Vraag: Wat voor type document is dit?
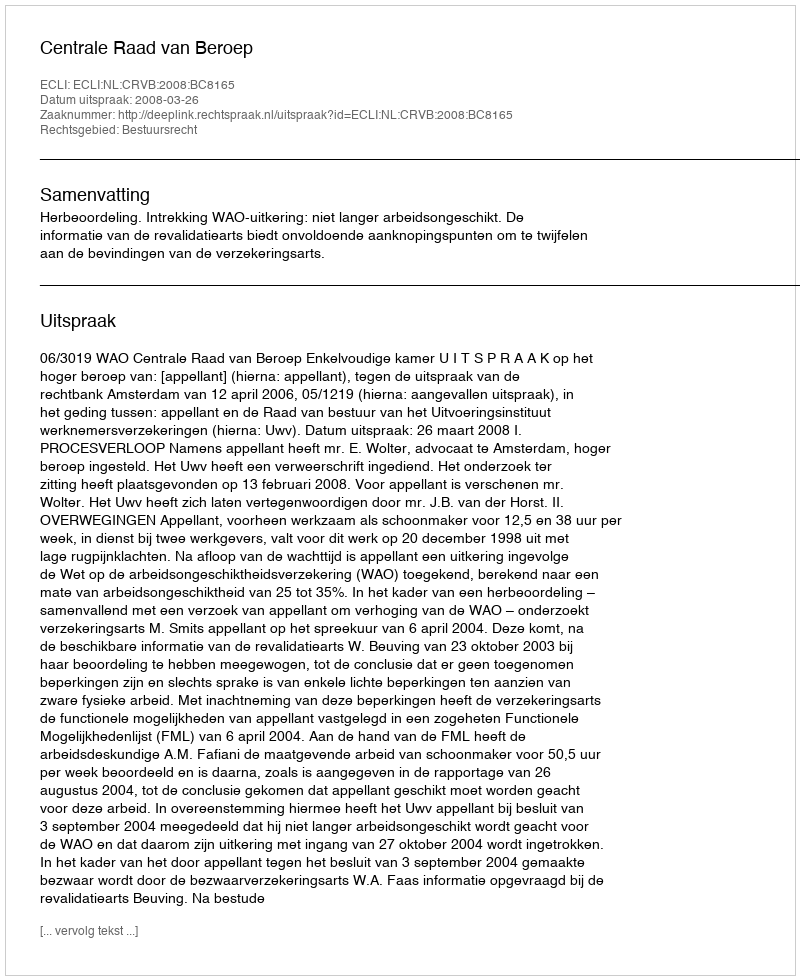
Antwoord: Uitspraak